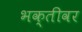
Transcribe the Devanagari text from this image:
भक्तीवर